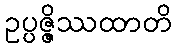
ဥပ္ပဇ္ဇိဿထာတိ